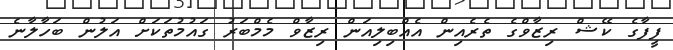
ފީފާގެ ކޭޝް ރިޒާވްގެ ތެރެއިން އެއްބިލިއަން ރިޒާވް މެމްބަރު ގައުމުތަކަށް އަލުން ބަހާލާނެ